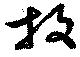
板